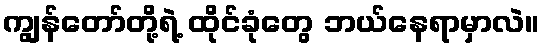
ကျွန်တော်တို့ရဲ့ ထိုင်ခုံတွေ ဘယ်နေရာမှာလဲ။